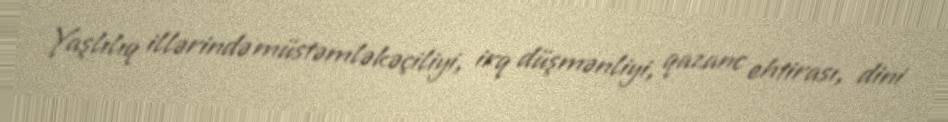
Yaşlılıq illərində müstəmləkəçiliyi, irq düşmənliyi, qazanc ehtirası, dini